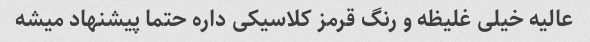
عالیه خیلی غلیظه و رنگ قرمز کلاسیکی داره حتما پیشنهاد میشه